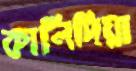
কালিদিয়া